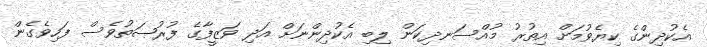
އެކުދިންގެ ކިޔެވުމަށް އިތުރު މުއްސަނދިކަން ލިބި އެކުދިންނަށް އަދި ވަޒީފާގެ ފުރުޞަތުވެސް ފަހިވެގެން